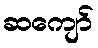
ဆကျော်